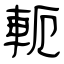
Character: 軛